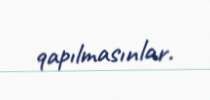
qapılmasınlar.